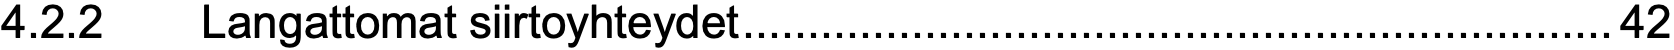
4.2.2  Langattomat siirtoyhteydet...................................................................42